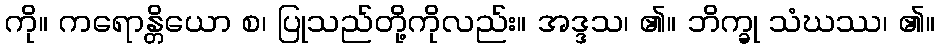
ကို။ ကရောန္တိယော စ၊ ပြုသည်တို့ကိုလည်း။ အဒ္ဒသ၊ ၏။ ဘိက္ခု သံဃဿ၊ ၏။